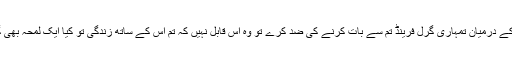
آج میچ کے درمیان تمہاری گرل فرینڈ تم سے بات کرنے کی ضد کرے تو وہ اس قابل نہیں کہ تم اس کے ساتھ زندگی تو کیا ایک لمحہ بھی گذار پاؤ۔